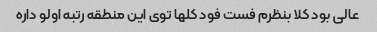
عالی بود کلا بنظرم فست فود کلها توی این منطقه رتبه اولو داره